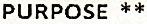
PURPOSE **